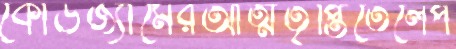
কোডজ্যামেরআত্মতৃপ্তিতেলেপ